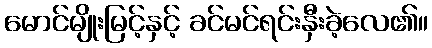
မောင်မျိုးမြင့်နှင့် ခင်မင်ရင်းနှီးခဲ့လေ၏။